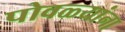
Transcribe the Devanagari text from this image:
पोवळ्यांना